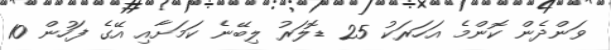
ވަންދެން ކޮންމެ އަހަރަކު 25 ޑޮލަރު ލިބޭނެ ކަމަށާއި އޭގެ ފަހުން 10